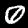
Digit: 0